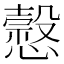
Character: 𢣯